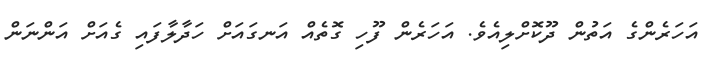
އަހަރެންގެ އަތުން ދޫކޮށްލިއެވެ. އަހަރެން ފޫހި ގޮތެއް އަނގައަށް ހަދާލާފައި ގެއަށް އަންނަން